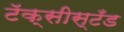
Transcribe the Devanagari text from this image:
टॅक्सीस्टँड